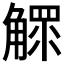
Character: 𧤩